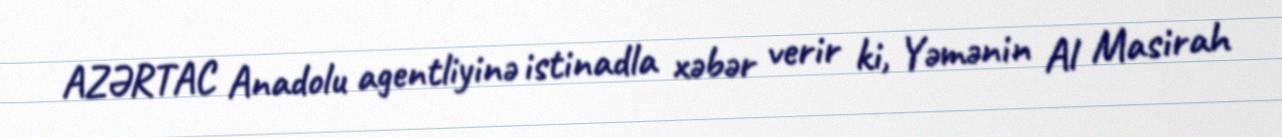
AZƏRTAC Anadolu agentliyinə istinadla xəbər verir ki, Yəmənin Al Masirah